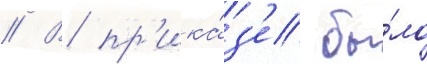
// В пр'ика́з'е бы́ло